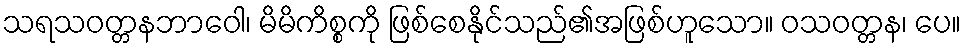
သရသဝတ္တနဘာဝေါ၊ မိမိကိစ္စကို ဖြစ်စေနိုင်သည်၏အဖြစ်ဟူသော။ ဝသဝတ္တန၊ ပေ။